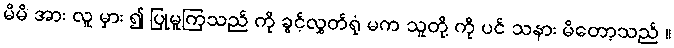
မိမိ အား လူ မှား ၍ ပြုမူကြသည် ကို ခွင့်လွှတ်ရုံ မက သူတို့ ကို ပင် သနား မိတော့သည် ။